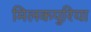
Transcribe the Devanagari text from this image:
मिलकपुरिया